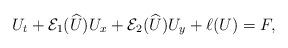
LaTeX: \begin{align*}U_t + \mathcal{E}_1(\widehat U) U_x + \mathcal{E}_2(\widehat U) U_y + \ell (U) = F,\end{align*}